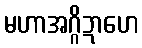
မဟာအဂ္ဂိဍာဟေ